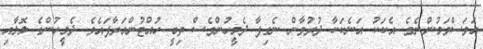
އަވަސްވަމުންނެވެ. އެކަކު އަނެކަކާ ދުރުވާން ނެގިފާ ދެމީހުންވެސް ތިބީ ހުއްޓުންއަރާފައެވެ. ދެމީހުންގެ ލޮލާއި